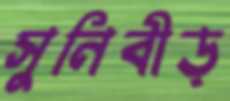
সুনিবীড়